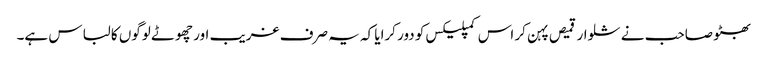
بھٹو صاحب نے شلوار قمیص پہن کر اس کمپلیکس کو دور کرایا کہ یہ صرف غریب اور چھوٹے لوگوں کا لباس ہے۔